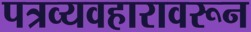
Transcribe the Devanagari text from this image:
पत्रव्यवहारावरून